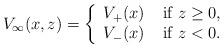
LaTeX: \begin{align*}V_\infty(x,z)=\left\{\begin{array}{l l}V_+(x) & \; \mbox{if $z\geq0$, }\\V_-(x) & \; \mbox{if $z<0$.}\\\end{array} \right.\end{align*}